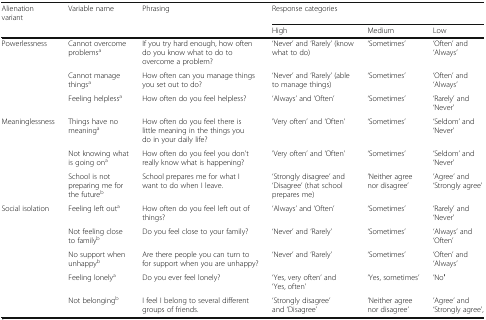
<table><thead><tr><td><b>Alienation variant</b></td><td><b>Variable name</b></td><td><b>Phrasing</b></td><td colspan="3"><b>Response categories</b></td></tr><tr><td></td><td></td><td></td><td><b>High</b></td><td><b>Medium</b></td><td><b>Low</b></td></tr></thead><tbody><tr><td rowspan="3">Powerlessness</td><td>Cannot overcome problems<sup>a</sup></td><td>If you try hard enough, how often do you know what to do to overcome a problem?</td><td>‘Never’ and ‘Rarely’ (know what to do)</td><td>‘Sometimes’</td><td>‘Often’ and ‘Always’</td></tr><tr><td>Cannot manage things<sup>a</sup></td><td>How often can you manage things you set out to do?</td><td>‘Never’ and ‘Rarely’ (able to manage things)</td><td>‘Sometimes’</td><td>‘Often’ and ‘Always’</td></tr><tr><td>Feeling helpless<sup>a</sup></td><td>How often do you feel helpless?</td><td>‘Always’ and ‘Often’</td><td>‘Sometimes’</td><td>‘Rarely’ and ‘Never’</td></tr><tr><td rowspan="3">Meaninglessness</td><td>Things have no meaning<sup>a</sup></td><td>How often do you feel there is little meaning in the things you do in your daily life?</td><td>’Very often’ and ‘Often’</td><td>‘Sometimes’</td><td>‘Seldom’ and ‘Never’</td></tr><tr><td>Not knowing what is going on<sup>a</sup></td><td>How often do you feel you don’t really know what is happening?</td><td>’Very often’ and ‘Often’</td><td>‘Sometimes’</td><td>‘Seldom’ and ‘Never’</td></tr><tr><td>School is not preparing me for the future<sup>b</sup></td><td>School prepares me for what I want to do when I leave.</td><td>‘Strongly disagree’ and ‘Disagree’ (that school prepares me)</td><td>’Neither agree nor disagree’</td><td>’Agree’ and ‘Strongly agree’</td></tr><tr><td rowspan="5">Social isolation</td><td>Feeling left out<sup>a</sup></td><td>How often do you feel left out of things?</td><td>‘Always’ and ‘Often’</td><td>‘Sometimes’</td><td>‘Rarely’ and ‘Never’</td></tr><tr><td>Not feeling close to family<sup>b</sup></td><td>Do you feel close to your family?</td><td>‘Never’ and ‘Rarely’</td><td>‘Sometimes’</td><td>‘Always’ and ‘Often’</td></tr><tr><td>No support when unhappy<sup>b</sup></td><td>Are there people you can turn to for support when you are unhappy?</td><td>‘Never’ and ‘Rarely’</td><td>‘Sometimes’</td><td>‘Often’ and ‘Always’</td></tr><tr><td>Feeling lonely<sup>a</sup></td><td>Do you ever feel lonely?</td><td>‘Yes, very often’ and ‘Yes, often’</td><td>’Yes, sometimes’</td><td>’No′</td></tr><tr><td>Not belonging<sup>b</sup></td><td>I feel I belong to several different groups of friends.</td><td>‘Strongly disagree’ and ‘Disagree’</td><td>’Neither agree nor disagree’</td><td>’Agree’ and ‘Strongly agree’,</td></tr></tbody></table>